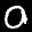
Label: 0